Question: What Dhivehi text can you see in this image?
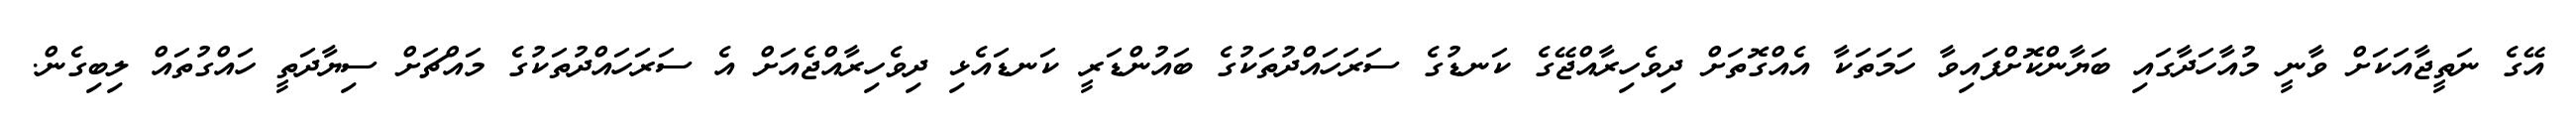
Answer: އޭގެ ނަތީޖާއަކަށް ވާނީ މުއާހަދާގައި ބަޔާންކޮށްފައިވާ ހަމަތަކާ އެއްގޮތަށް ދިވެހިރާއްޖޭގެ ކަނޑުގެ ސަރަހައްދުތަކުގެ ބައުންޑަރީ ކަނޑައެޅި ދިވެހިރާއްޖެއަށް އެ ސަރަހައްދުތަކުގެ މައްޗަށް ސިޔާދަތީ ހައްގުތައް ލިބިގެން.